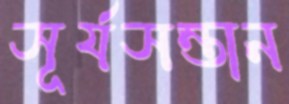
সূর্যসন্তান